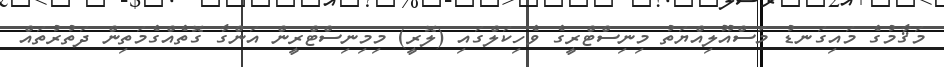
މަޤާމުގެ މައިގަނޑު މަސްއޫލިއްޔަތު މިނިސްޓްރީގެ ވެހިކަލްގައި (ލޮރީ) މިމިނިސްޓްރީން އަންގާ ގޮތެއްގެމަތިން ދަތުރުތައް